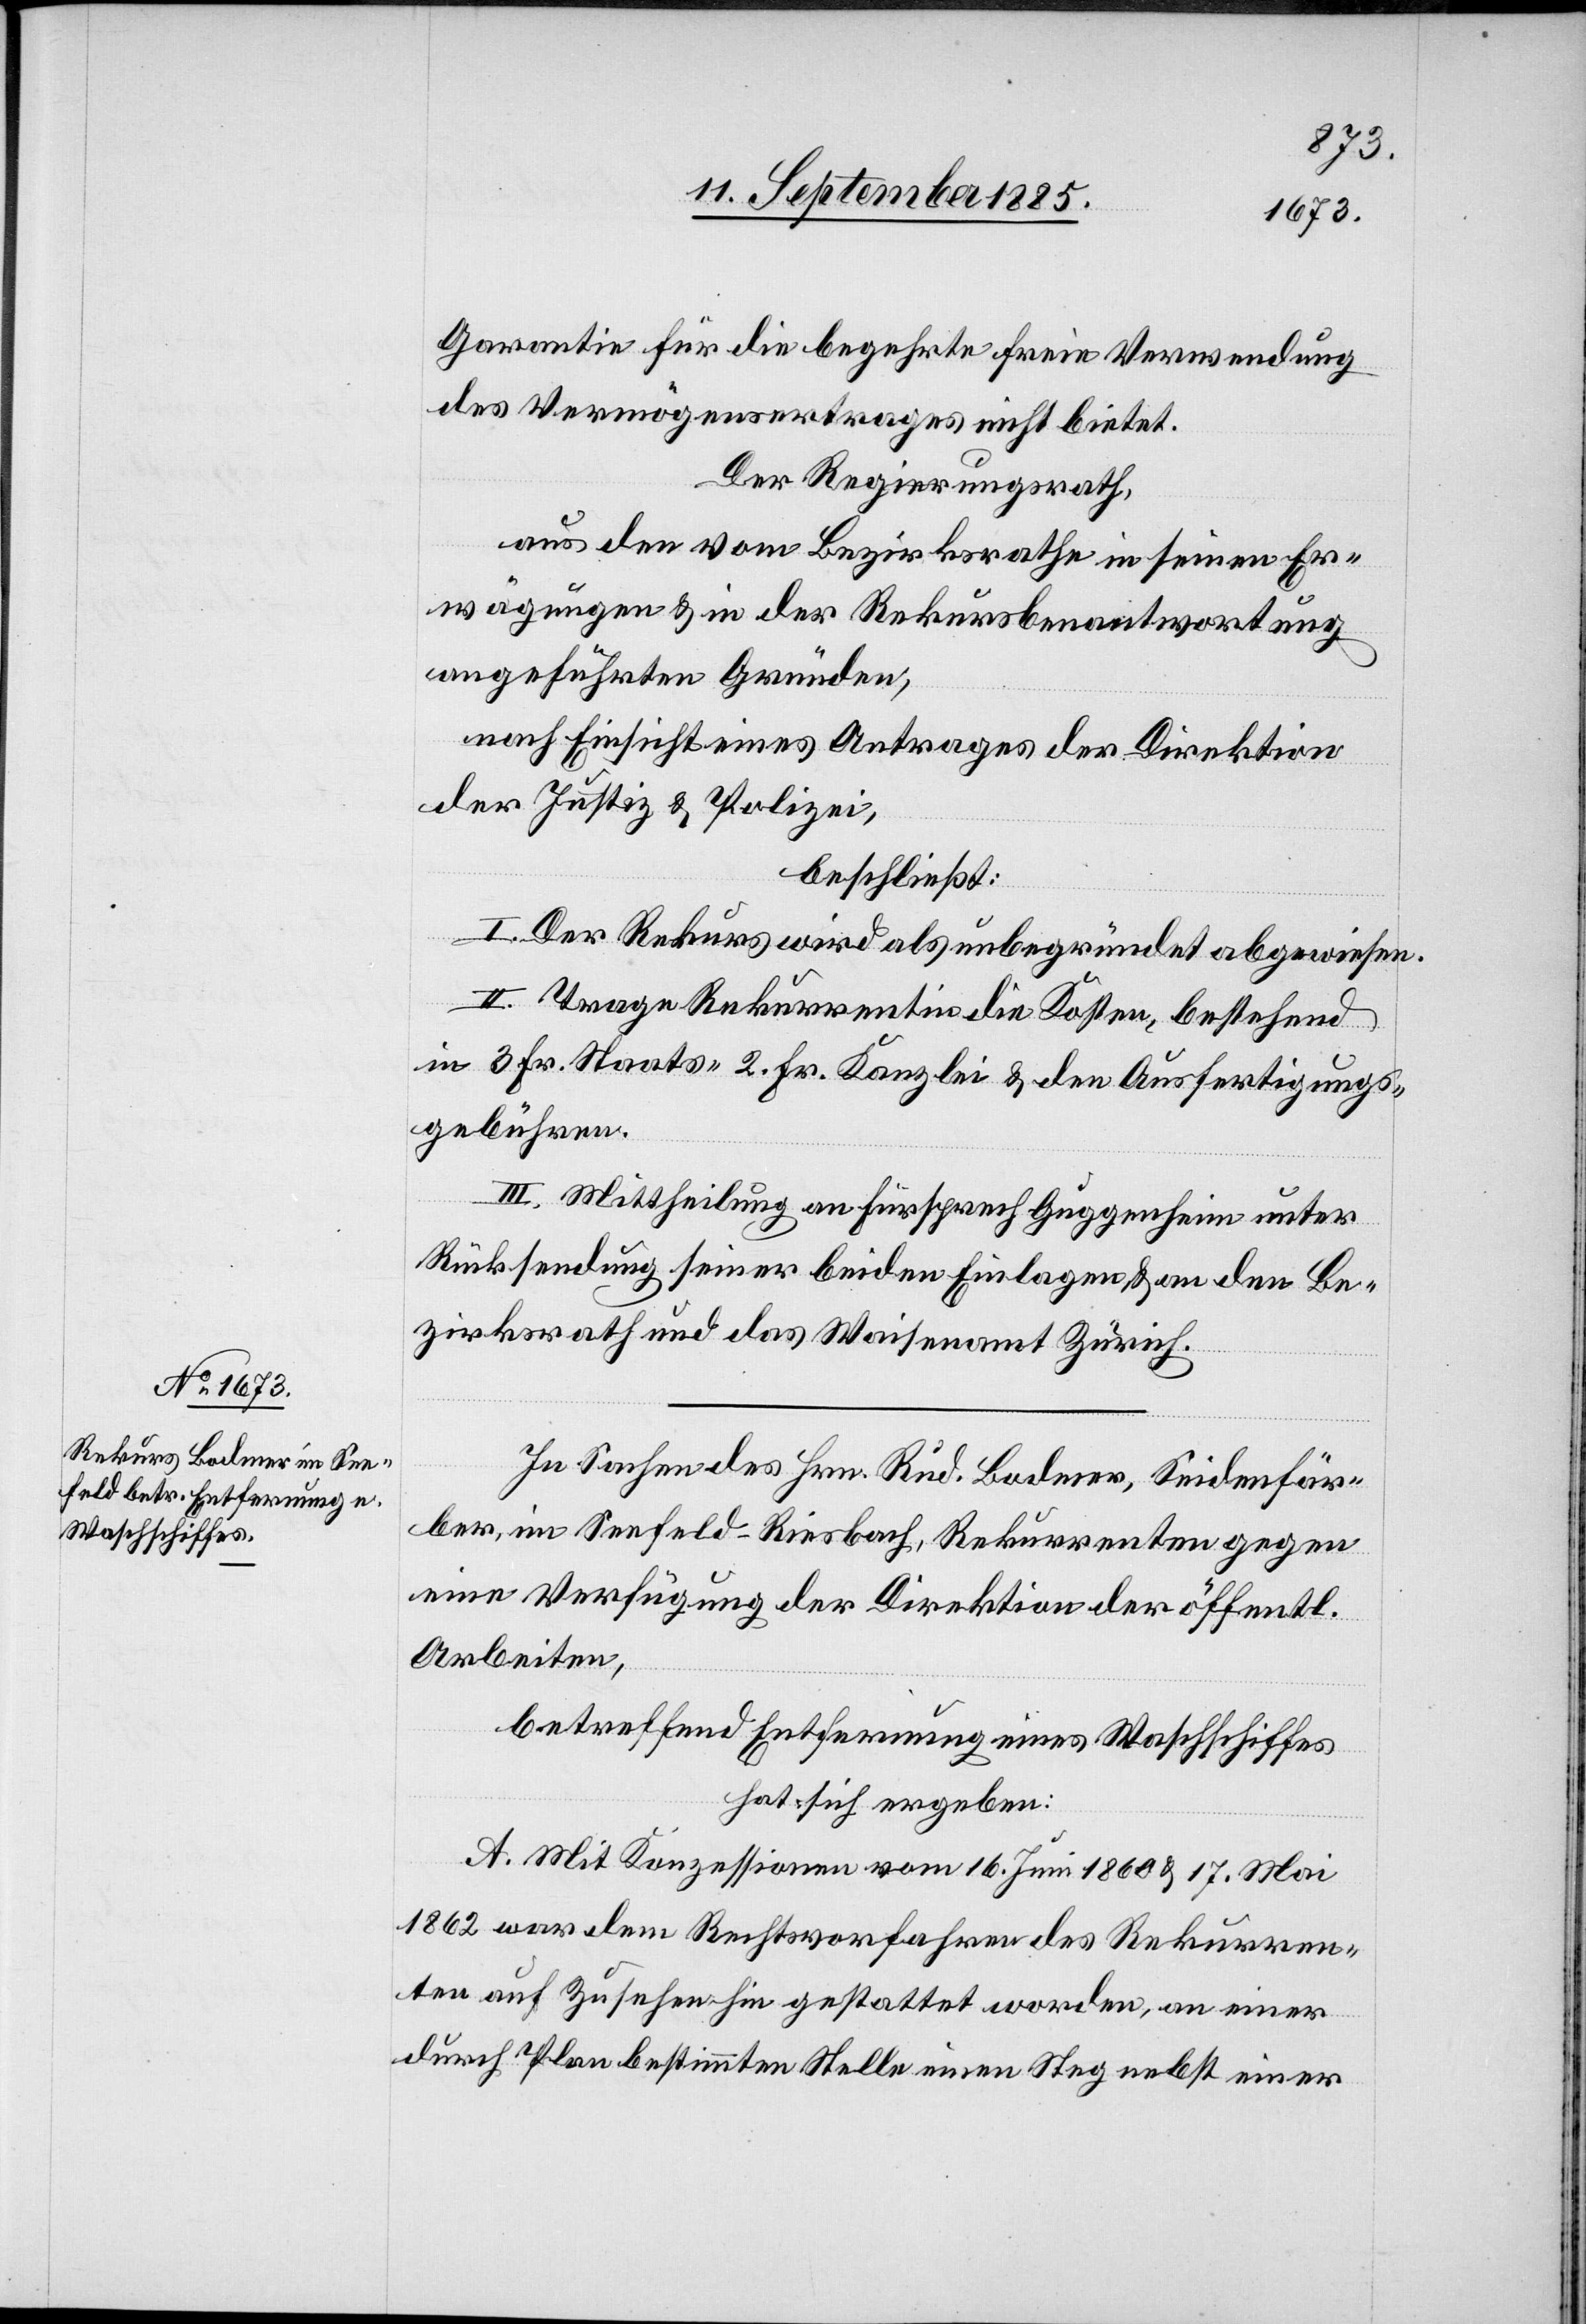
Garantie für die begehrte freie Verwendung
des Vermögensertrages nicht bietet.
Der Regierungsrath,
aus dem vom Bezirksrathe in seinen Er¬
wägungen & in der Rekursbeantwortung
angeführten Gründen,
nach Einsicht eines Antrages der Direktion
der Justiz & Polizei,
beschließt:
I. Der Rekurs wird als unbegründet abgewiesen.
II. Trage Rekurrentin die Kosten, bestehend
in 3 Fr. Staats-[,] 2 Fr. Kanzlei & den Ausfertigungs¬
gebühren.
III. Mittheilung an Fürsprech Guggenheim unter
Rücksendung seiner beiden Einlagen & an den Be¬
zirksrath und das Waisenamt Zürich.
In Sachen des Hrn. Rud. Bodmer, Seidenfär¬
ber, im Seefeld - Riesbach, Rekurrenten gegen
eine Verfügung der Direktion der öffentl.
Arbeiten,
betreffend Entfernung eines Waschschiffes
hat sich ergeben:
A. Mit Konzession vom 16. Juni 1860 & 17. Mai
1862 war dem Rechtsvorfahren des Rekurren¬
ten auf Zusehen hin gestattet worden, an einer
durch Plan bestimmten Stelle einen Steg nebst einer